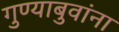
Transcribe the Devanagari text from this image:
गुण्याबुवांना